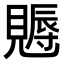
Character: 𧢁